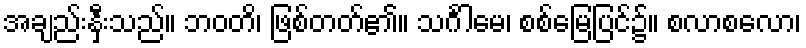
အချည်းနှီးသည်။ ဘဝတိ၊ ဖြစ်တတ်၏။ သင်္ဂါမေ၊ စစ်မြေပြင်၌။ စလာစလော၊